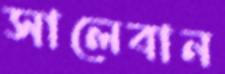
সালেবান